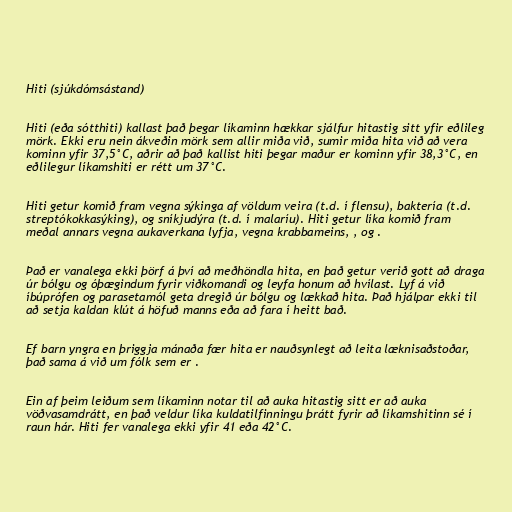
Hiti (sjúkdómsástand)

Hiti (eða sótthiti) kallast það þegar líkaminn hækkar sjálfur hitastig sitt yfir eðlileg
mörk. Ekki eru nein ákveðin mörk sem allir miða við, sumir miða hita við að vera
kominn yfir 37,5°C, aðrir að það kallist hiti þegar maður er kominn yfir 38,3°C, en
eðlilegur líkamshiti er rétt um 37°C.

Hiti getur komið fram vegna sýkinga af völdum veira (t.d. í flensu), baktería (t.d.
streptókokkasýking), og sníkjudýra (t.d. í malaríu). Hiti getur líka komið fram
meðal annars vegna aukaverkana lyfja, vegna krabbameins, , og .

Það er vanalega ekki þörf á því að meðhöndla hita, en það getur verið gott að draga
úr bólgu og óþægindum fyrir viðkomandi og leyfa honum að hvílast. Lyf á við
íbúprófen og parasetamól geta dregið úr bólgu og lækkað hita. Það hjálpar ekki til
að setja kaldan klút á höfuð manns eða að fara í heitt bað.

Ef barn yngra en þriggja mánaða fær hita er nauðsynlegt að leita læknisaðstoðar,
það sama á við um fólk sem er .

Ein af þeim leiðum sem líkaminn notar til að auka hitastig sitt er að auka
vöðvasamdrátt, en það veldur líka kuldatilfinningu þrátt fyrir að líkamshitinn sé í
raun hár. Hiti fer vanalega ekki yfir 41 eða 42°C.